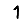
Digit: 1